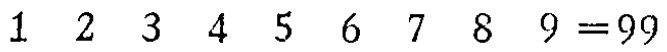
$1\ 2\ 3\ 4\ 5\ 6\ 7\ 8\ 9 = 99$